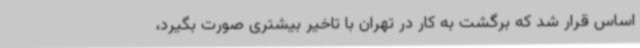
اساس قرار شد که برگشت به کار در تهران با تاخیر بیشتری صورت بگیرد،